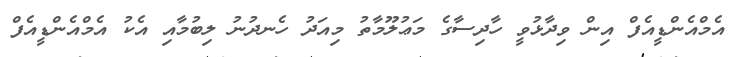
އެމްއެންޑީއެފް އިން ވިދާޅުވީ ހާދިސާގެ މަޢުލޫމާތު މިއަދު ހެނދުނު ލިބުމާއި އެކު އެމްއެންޑީއެފް